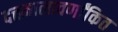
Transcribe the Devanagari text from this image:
दत्तमालावर्णांकित